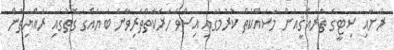
ރަށާއި ސިޓީގެ ތަރައްޤީއަށް މަސައްކަތް ކުރުމުގައި އިސްވެ ހަރަކާތްތެރިވާނެ ބަޔެއްގެ ގޮތުގައި ރައްޔިތުން